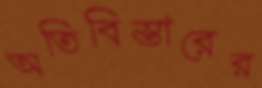
অতিবিস্তারের